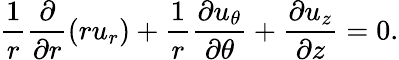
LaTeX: \frac{1}{r}\frac{\partial}{\partial r}\left(ru_{r}\right)+\frac{1}{r}\frac{\partial u_{\theta}}{\partial\theta}+\frac{\partial u_{z}}{\partial z}=0.